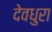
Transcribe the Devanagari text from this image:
देवधुरा